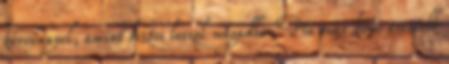
kérvénnyel, amint biztos leszel magadban Ma már kissé érettebb